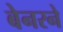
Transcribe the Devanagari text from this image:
बेनरने